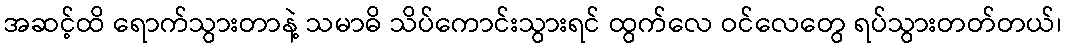
အဆင့်ထိ ရောက်သွားတာနဲ့ သမာဓိ သိပ်ကောင်းသွားရင် ထွက်လေ ဝင်လေတွေ ရပ်သွားတတ်တယ်၊